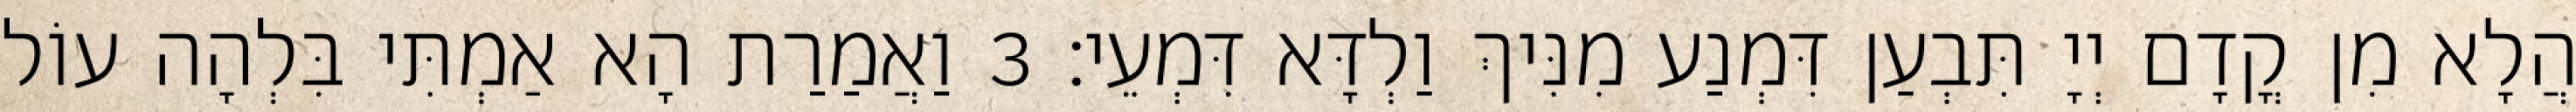
הֲלָא מִן קֳדָם יְיָ תִּבְעַן דִּמְנַע מִנִּיךְ וַלְדָּא דִּמְעֵי׃ 3 וַאֲמַרַת הָא אַמְתִּי בִּלְהָה עוֹל